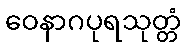
ဝေနာဂပုရသုတ္တံ